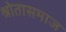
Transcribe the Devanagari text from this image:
श्रोतासमाज